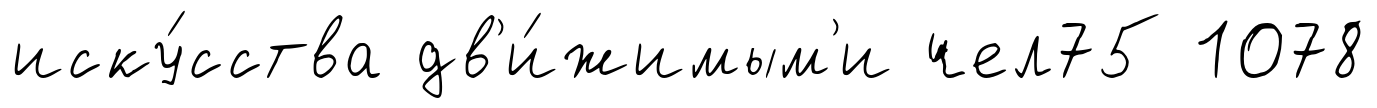
иску́сства дв'и́жимым'и чел75 1078